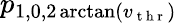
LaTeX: p_{1,0,2\arctan(v_{\mathrm{~t~h~r~}})}